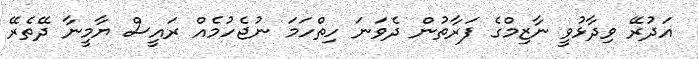
އަދުރޭ ވިދާޅުވީ ނާޒިމްގެ ފަރާތުން ދެވަނަ ހިތްހަމަ ނުޖެހުމެއް ރައީސް ޔާމީނާ ދޭތެރޭ